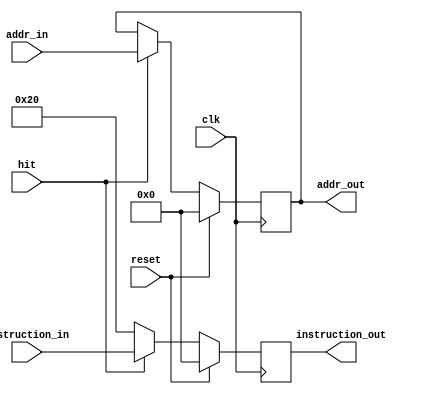
`timescale 1ns / 1ps
//////////////////////////////////////////////////////////////////////////////////
// Company: 
// Engineer: 
// 
// Design Name: 
// Module Name:    fetch_to_decode_pipe_register 
// Project Name: 
// Target Devices: 
// Tool versions: 
// Description: 
//
// Dependencies: 
//
// Revision: 
// Revision 0.01 - File Created
// Additional Comments: 
//
//////////////////////////////////////////////////////////////////////////////////
module fetch_to_decode_pipe_register(clk, reset, hit, addr_in, instruction_in, addr_out, instruction_out);
	input clk, reset, hit;
	input [31:0] addr_in, instruction_in;
	output [31:0] addr_out, instruction_out;
	
	reg [31:0] tmp_addr, tmp_inst;
	
	always @(posedge clk)
	begin
		if(reset == 1)
		begin
			tmp_addr <= 0;
			tmp_inst <= 0;
		end
		
		else if(hit != 0)
		begin
			tmp_addr <= addr_in;
			tmp_inst <= instruction_in;
		end
			
		else
		begin
			tmp_inst <= 32;		// nop --> add $0 $0 $0
		end
	end

	
	assign addr_out = tmp_addr;
	assign instruction_out = tmp_inst;

endmodule